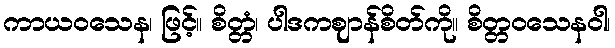
ကာယဝသေန၊ ဖြင့်။ စိတ္တံ၊ ပါဒကဈာန်စိတ်ကို။ စိတ္တဝသေနဝါ၊